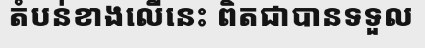
តំបន់ខាងលើនេះ ពិតជាបានទទួល